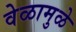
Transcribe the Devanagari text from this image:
वेळामुळे